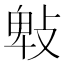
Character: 㪏